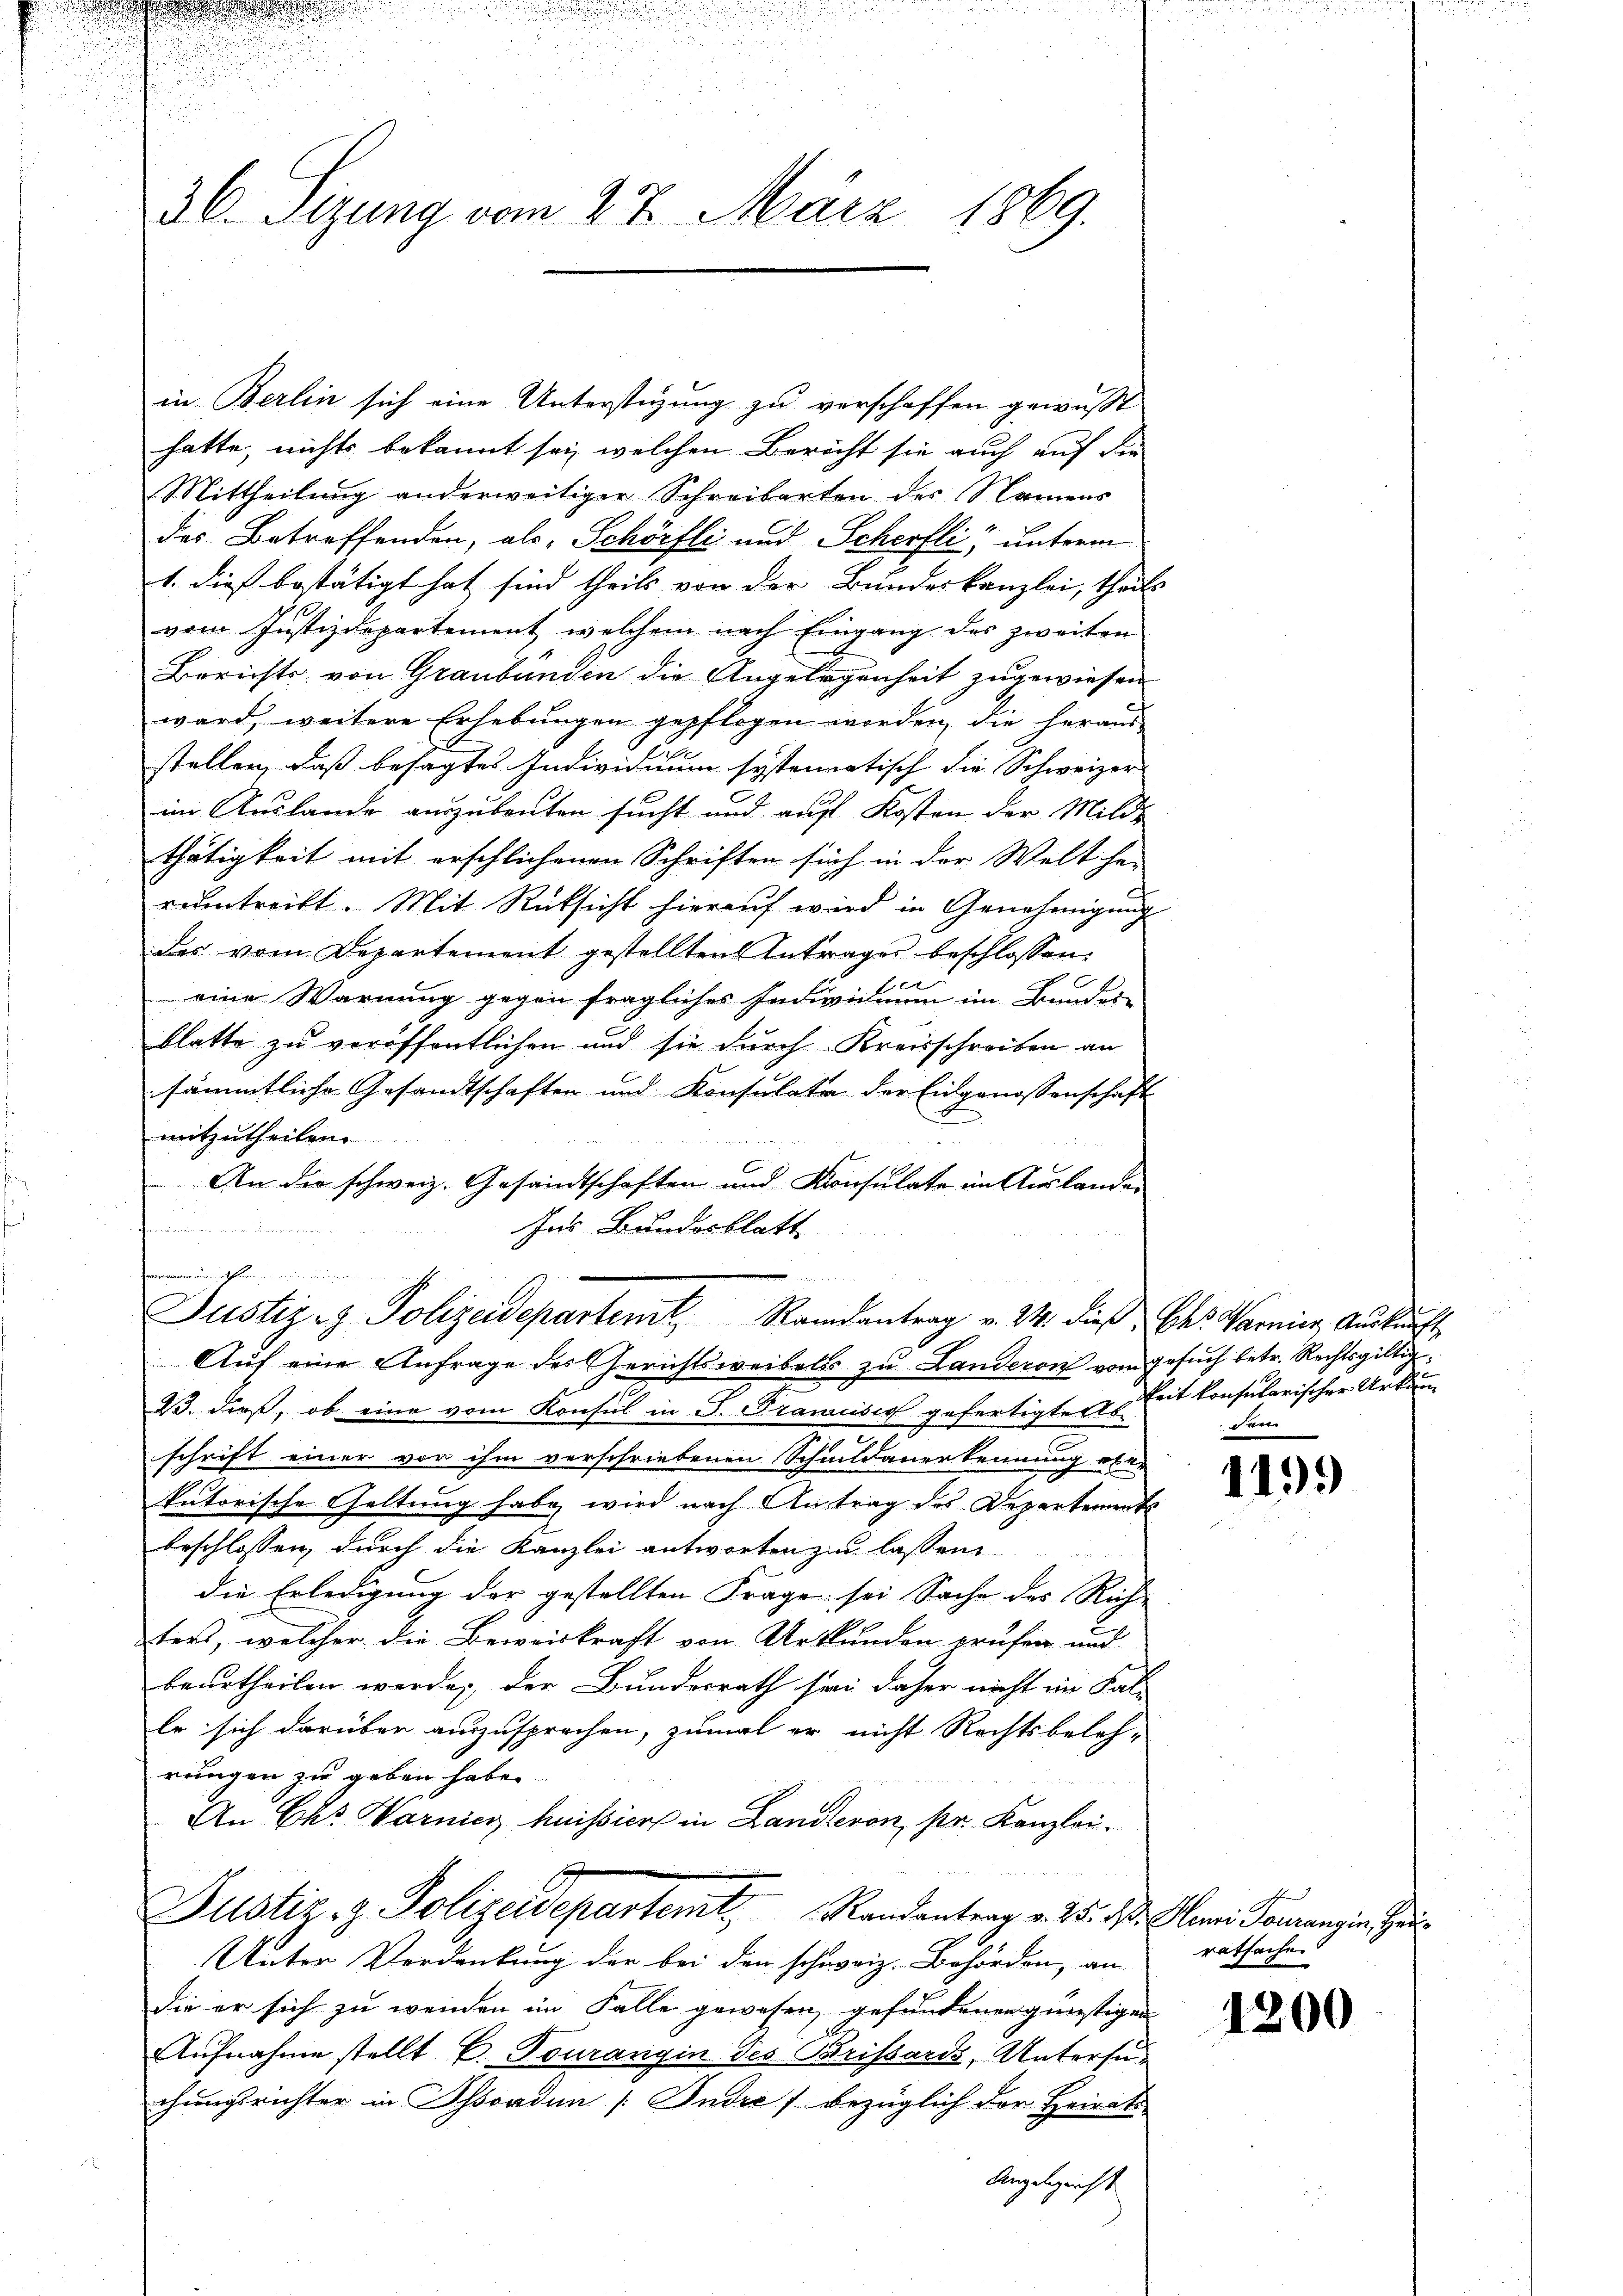
36. Sizung vom 27. März 1869.

in Berlin sich eine Unterstüzung zu verschaffen gewusst
hatte, nichts bekannt sei, welchen Bericht sie auch auf die
Mittheilung anderweitiger Schreibarten des Namens
des Betreffenden, als „Schörfli und Scherfli, unterm
1. dies bestätigt hat sind theils von der Bundeskanzlei, theils
vom Justizdepartement, welchem nach Eingang des zweiten
Berichts von Graubünden die Angelegenheit zugewiesen
ward, weitere Erhebungen gepflogen worden, die heraus
stellen, daß besagtes Individuum systematisch die Schweizer
im Auslande auszubeuten sucht und auf Kosten der Milde
thätigkeit mit erschlichenen Schriften sich in der Welt her-
rumtreift. Mit Rücksicht hierauf wird in Genehmigung
das vom Departement gestellten Antrages beschlossen:
e
eine Warnung gegen fragliches Individuum im Bundes-
blatte zu veröffentlichen und sie durch Kreisschreiben an
sämmtliche Gesandtschaften und Konsulate der Eidgenossenschaft
mitzutheilen.
An die schweiz. Gesandtschaften und Konsulate im Auslander
Ins Bundesblatt

23. dieß, ob eine vom Konsul in S. Francisio gefertigter Zeit konsularischer Urkun
schrift einer vor ihm verschriebenen Schildauerkennung ober
kutorische Geltung habe, wird nach Antrag des Departement
beschlossen, durch die Kanzlei antworten zu lassen
die Erledigung der gestellten Frage sei Sache des Rich-
ters, welcher die Beweiskraft von Urkunden prüfen und
beurtheilen werden, der Bundesrath sei daher nicht im Sal-
le sich darüber auszusprochen, zumal er nicht Rechtsbeleh-
rungen zu geben habe.
An Chr. Warnier heissiers in Landteron, pr. Kanzlei.
Dustiz- & Polizeidepartemt Randantrag v. 25. ds. Alami Vorrangin Hei
Unter Verdankung der bei den schweiz. Behörden, an
die er sich zu wenden im Falle gewesen, gefundenen günstigen
Aufnahme stellt E. Tourangin des Brissards, Untersuchungsrichter in Ossonden [Indre / bezüglich der Heirats
Angelegenst

vun in herung ein un
u
Justiz & Polizeidepartemt Randantrag v. 24. dieß des Harnis, Auskunft
3
Auf eine Anfrage des Gerichtsweibels zu Landeron vom Gesuch betr. Rechtsgültig¬

her

119.)

t
ratsache

1200